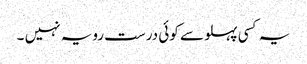
یہ کسی پہلو سے کوئی درست رویہ نہیں ۔